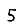
Digit: 5